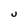
Character: U